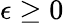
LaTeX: \epsilon\ge 0